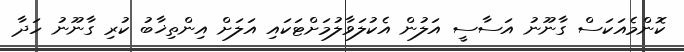
ކޮންމެއަކަސް ގާނޫނު އަސާސީ އަލުން އެކުލަވާލުމަށްޓަކައި އަލަށް އިންތިޚާބު ކުރި ގާނޫނު ހަދާ